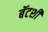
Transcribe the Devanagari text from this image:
बॅटशी